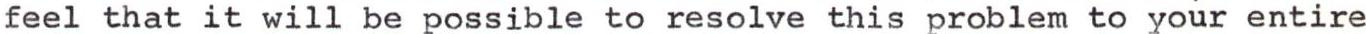
feel that it will be possible to resolve this problem to your entire